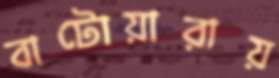
বাটোয়ারায়